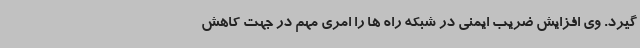
گیرد. وی افزایش ضریب ایمنی در شبکه راه ها را امری مهم در جهت کاهش